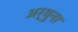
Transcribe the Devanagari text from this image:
अर्थुना